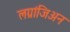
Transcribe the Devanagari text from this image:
लग्रांजिअन